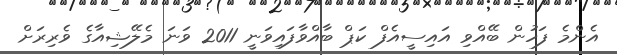
އެންމެ ފަހުން ބޭއްވި އައިސީއެފް ކަޕް ބާއްވާފައިވަނީ 2011 ވަނަ މެލޭޝިއާގެ ވެރިރަށް